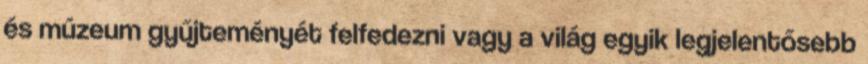
és múzeum gyűjteményét felfedezni vagy a világ egyik legjelentősebb